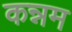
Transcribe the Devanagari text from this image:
कन्नम